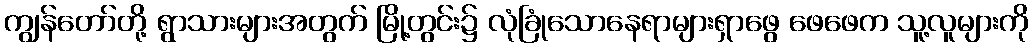
ကျွန်တော်တို့ ရွာသားများအတွက် မြို့တွင်း၌ လုံခြုံသောနေရာများရှာဖွေ ဖေဖေက သူ့လူများကို